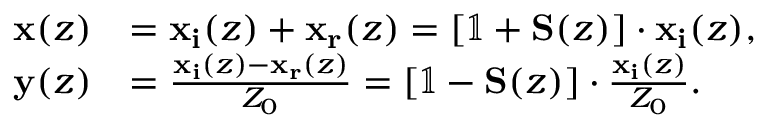
\begin{array} { r l } { \mathbf { x } ( z ) } & { = \mathbf { x _ { i } } ( z ) + \mathbf { x _ { r } } ( z ) = \left[ \mathbb { 1 } + \mathbf { S } ( z ) \right] \cdot \mathbf { x _ { i } } ( z ) , } \\ { \mathbf { y } ( z ) } & { = \frac { \mathbf { x _ { i } } ( z ) - \mathbf { x _ { r } } ( z ) } { Z _ { 0 } } = \left[ \mathbb { 1 } - \mathbf { S } ( z ) \right] \cdot \frac { \mathbf { x _ { i } } ( z ) } { Z _ { 0 } } . } \end{array}